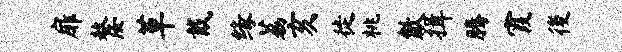
扉嫠草戴缘荔亥徙桃歙揖腾霞後